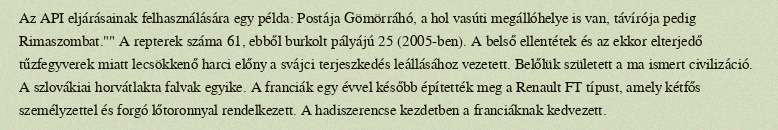
Az API eljárásainak felhasználására egy példa: Postája Gömörráhó, a hol vasúti megállóhelye is van, távírója pedig Rimaszombat."" A repterek száma 61, ebből burkolt pályájú 25 (2005-ben). A belső ellentétek és az ekkor elterjedő tűzfegyverek miatt lecsökkenő harci előny a svájci terjeszkedés leállásához vezetett. Belőlük született a ma ismert civilizáció. A szlovákiai horvátlakta falvak egyike. A franciák egy évvel később építették meg a Renault FT típust, amely kétfős személyzettel és forgó lőtoronnyal rendelkezett. A hadiszerencse kezdetben a franciáknak kedvezett.